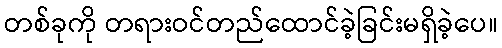
တစ်ခုကို တရားဝင်တည်ထောင်ခဲ့ခြင်းမရှိခဲ့ပေ။